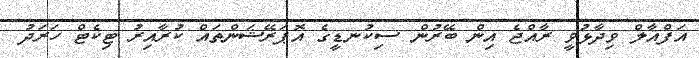
އަފްއާލް ވިދާޅުވީ ރާއްޖެ އިން ބޭރުން ސިކުނޑީގެ އޮޕަރޭޝަންތައް ކުރާއިރު ޓިކެޓް ހަރަދު